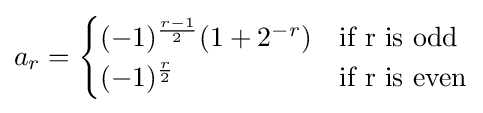
a_{r}={\begin{cases}(-1)^{\frac {r-1}{2}}(1+2^{-r})&{\mbox{if r is odd}}\\(-1)^{\frac {r}{2}}&{\mbox{if r is even}}\end{cases}}